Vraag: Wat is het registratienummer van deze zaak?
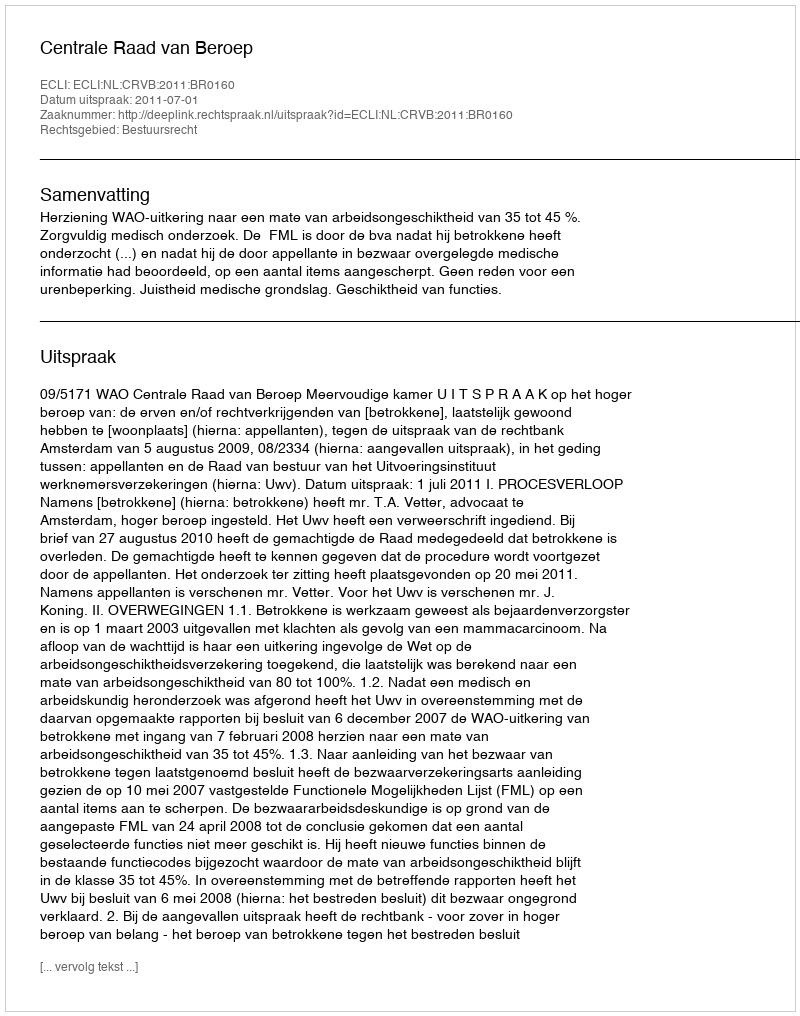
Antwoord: http://deeplink.rechtspraak.nl/uitspraak?id=ECLI:NL:CRVB:2011:BR0160